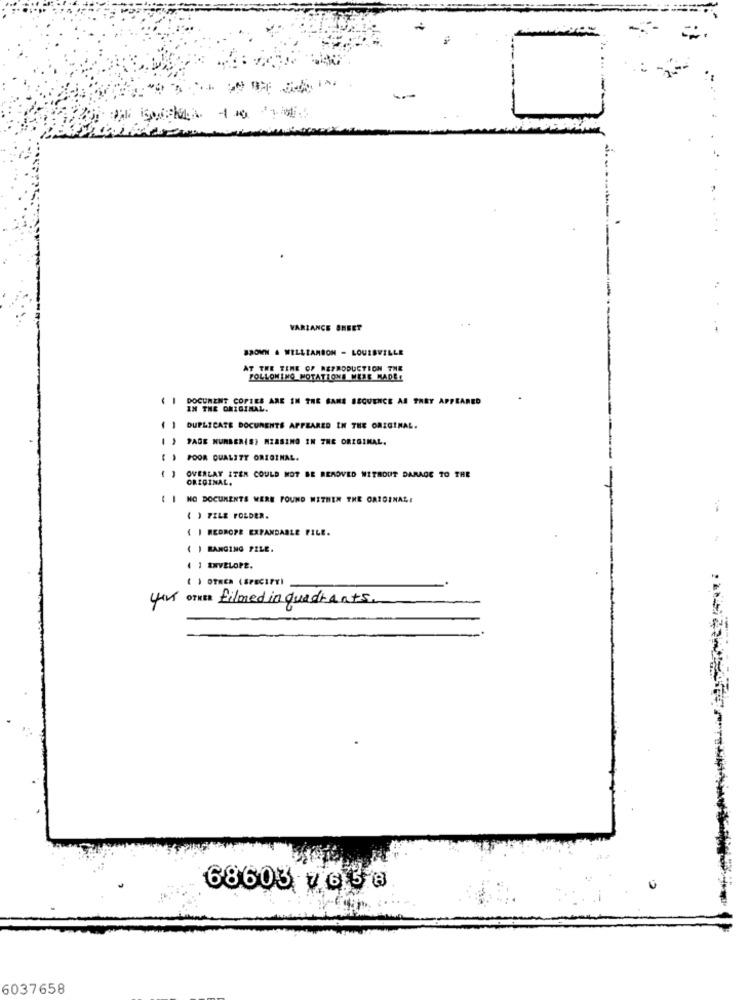
VARIANCE SHEET
..
BROWN . WILLIAMSON - LOUROVIL
LE
AT THE TIME OF REPRODUCTION THE
FOLLOWING MOTATIONS WERE MADEE
DOCUMENT COPIES ARE IN THE SANS SEQUENCE AS THEY APPEARED
IN THE ORIGINAL.
DUPLICATE DOCUMENTS APPEARED IN THE ORIGINAL.
PAGE NUMBER(S) MISSING IN THE ORIGINAL.
POOR QUALITY ORIGINAL.
OVERLAY ITEM COULD NOT BE REMOVED WITHOUT DAMAGE TO THE
ORIGINAL.
( I NC DOCUMENTS WERE FOUND WITHIN THE ORIGINALI
( ) FELE FOLDER.
( I REDROPE EXPANDABLE FILE.
( ) BANGING FILE.
4 1 ENVELOPE.
( ) OTHER (SPECIFY)
45 OTHER filmed in quadrants.
68603 7 6 3 @
6037658